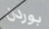
بوردن